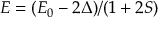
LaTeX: E = ( E _ { 0 } - 2 \Delta ) / ( 1 + 2 S )